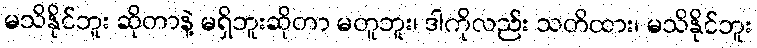
မသိနိုင်ဘူး ဆိုတာနဲ့ မရှိဘူးဆိုတာ မတူဘူး၊ ဒါကိုလည်း သတိထား၊ မသိနိုင်ဘူး